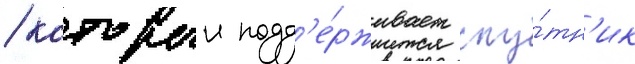
/ которыи подд'е́рживает спу́тн'ик